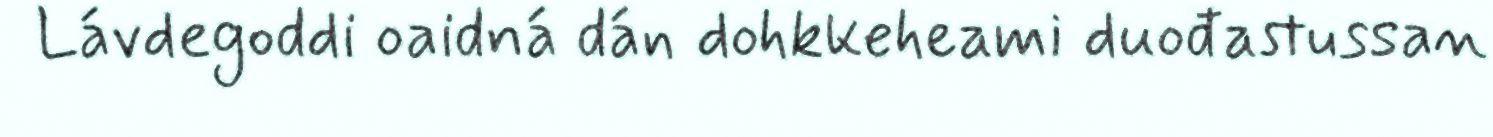
Lávdegoddi oaidná dán dohkkeheami duođastussan